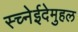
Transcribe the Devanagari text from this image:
स्च्नेईदेमुहल